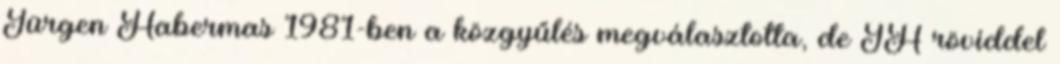
Jürgen Habermas 1981-ben a közgyűlés megválasztotta, de JH röviddel